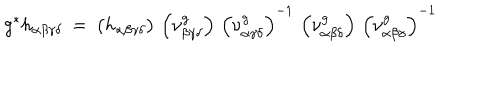
g ^ { * } h _ { \alpha \beta \gamma \delta } \: = \: \left( h _ { \alpha \beta \gamma \delta } \right) \, \left( \nu _ { \beta \gamma \delta } ^ { g } \right) \, \left( \nu _ { \alpha \gamma \delta } ^ { g } \right) ^ { - 1 } \, \left( \nu _ { \alpha \beta \delta } ^ { g } \right) \, \left( \nu _ { \alpha \beta \gamma } ^ { g } \right) ^ { - 1 }